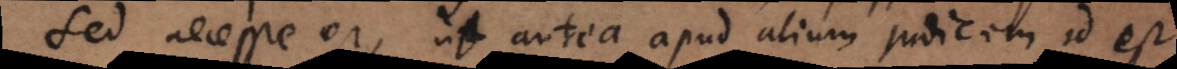
Sed necesse est, ut antea apud alium judicem id est